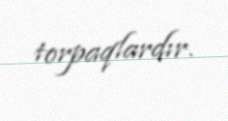
torpaqlardır.